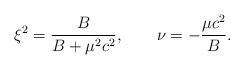
LaTeX: \begin{align*}\xi^2 = \frac{B}{B+\mu^2 c^2}, \qquad \nu = -\frac{\mu c^2}{B}.\end{align*}